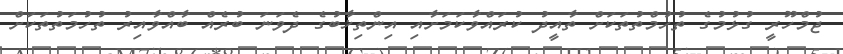
ޖުމްހޫރީ ގުޅުމުގެ ތުހުމްތުތަކަށް ތާއީދު ކުރައްވާކަމަށާއި އިންތިޚާބުގެ ދެވަނަ ބުރެއް ބާއްވާއިރު ތުހުމަތުތަކަށް